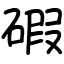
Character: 碬